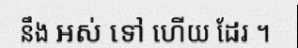
នឹង ឣស់ ទៅ ហើយ ដែរ ។